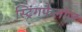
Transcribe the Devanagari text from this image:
स्ट्रिंगफैलोज़